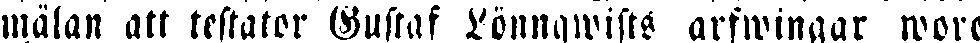
mälan att testator Gustaf Lönnqwists arfwingar wore